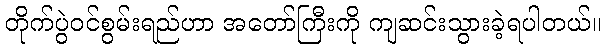
တိုက်ပွဲဝင်စွမ်းရည်ဟာ အတော်ကြီးကို ကျဆင်းသွားခဲ့ရပါတယ်။